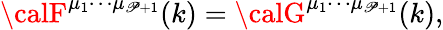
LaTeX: {\calF}^{{\mu}_{1}{\cdots}{\mu}_{\mathscr{P}+1}}(k)={\calG}^{{\mu}_{1}{\cdots}{\mu}_{\mathscr{P}+1}}(k),